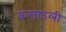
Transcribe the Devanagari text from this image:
कसाउली